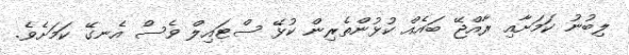
ލިބުނު ކަމަށާއި ރާއްޖޭ ބައެއް ކުޅުންތެރިން ކުޅޭ ސްޓައިލް ވެސް އެނގޭ ކަމަށެވެ.